Vaccination in Bombay 1869-1873 - 1869-1873
Year: 1869
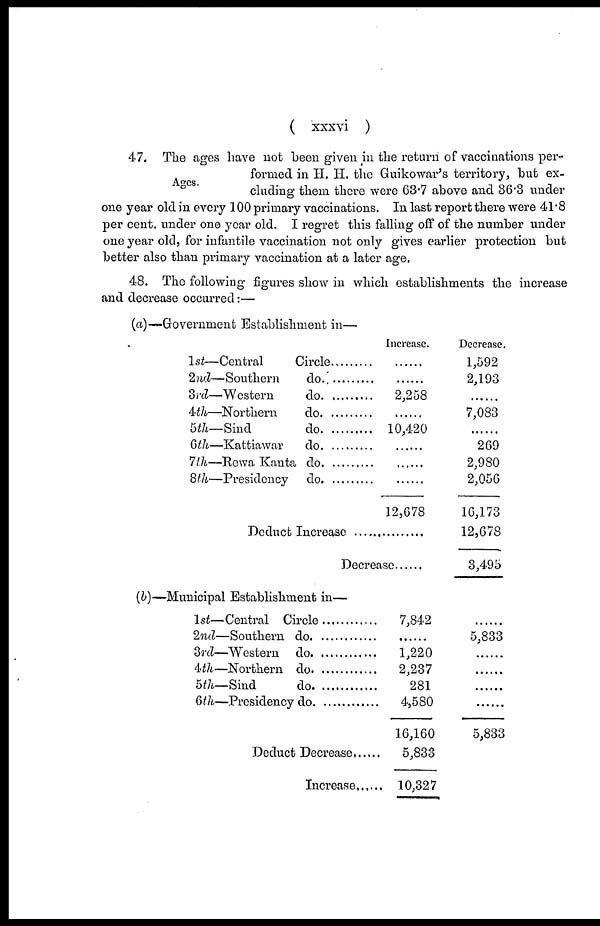
( xxxvi )
Ages.
47. The ages have not been given in the return of vaccinations per-
formed in H. H. the Guikowar's territory, but ex-
cluding them there were 63.7 above and 36.3 under
one year old in every 100 primary vaccinations. In last report there were 41.8
per cent. under one year old. I regret this falling off of the number under
one year old, for infantile vaccination not only gives earlier protection but
better also than primary vaccination at a later age.
48. The following figures show in which establishments the increase
and decrease occurred:—
(a)—Government Establishment in—
1st—Central Circle..........
2nd—Southern do. ...........
3rd—Western do. ............
4th—Northern do. ............
5th—Sind do. ...........
6th—Kattiawar do. ..........
7th—Rewa Kanta do. ........
8th—Presidency do. ..........
Increase.
......
......
2,258
......
10,420
......
......
......
12,678
Deduct Increase .................
Decrease......
Decrease.
1,592
2,193
......
7,083
......
269
2,980
2,056
16,173
12,678
3,495
(b)— Municipal Establishment in—
1st—Central Circle ...........
2nd—Southern do. .............
3rd—Western do. .............
4th—Northern do. .............
5th—Sind do. .............
6th—Presidency do. ............
Deduct Decrease......
Increase
7,842
......
1,220
2,237
281
4,580
16,160
5,833
10,327
......
5,833
......
......
......
......
5,833